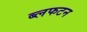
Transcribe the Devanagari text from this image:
ब्लफटन